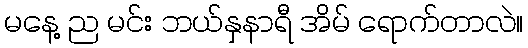
မနေ့ ည မင်း ဘယ်နှနာရီ အိမ် ရောက်တာလဲ။